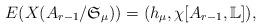
LaTeX: \begin{align*}E(X(A_{r-1}/\mathfrak S_{\mu})) = ( h_{\mu}, \chi[A_{r-1},\mathbb L] ),\end{align*}